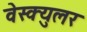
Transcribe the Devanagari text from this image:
वेस्क्युलर